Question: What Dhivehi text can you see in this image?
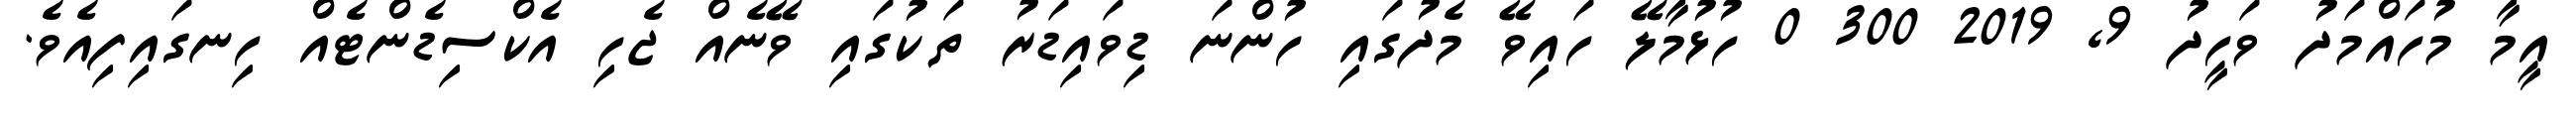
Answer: އީމާ މުހައްމަދު ވަހީދު 9, 2019 300 0 ހުޅުމާލޭ ހައިވޭ މެދުގައި ހުންނަ ޑިވައިޑަރު ތަކުގައި ވޭނެއް ޖެހި އެކްސިޑެންޓެއް ހިނގައިފިއެވެ.